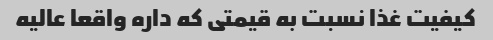
کیفیت غذا نسبت به قیمتی که داره واقعا عالیه